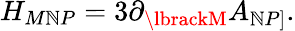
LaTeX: {H_{M\mathbb{N}P}=3\partial_{\lbrackM}A_{\mathbb{N}P\rbrack}.}